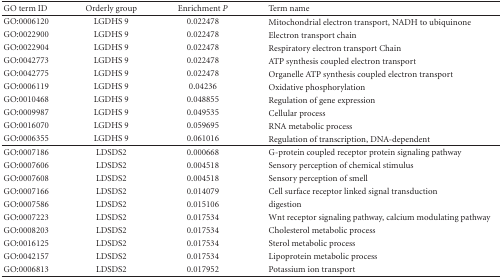
<table><thead><tr><td><b>GO term ID</b></td><td><b>Orderly group</b></td><td><b>Enrichment <i>P</i></b></td><td><b>Term name</b></td></tr></thead><tbody><tr><td>GO:0006120</td><td>LGDHS 9</td><td>0.022478</td><td>Mitochondrial electron transport, NADH to ubiquinone</td></tr><tr><td>GO:0022900</td><td>LGDHS 9</td><td>0.022478</td><td>Electron transport chain</td></tr><tr><td>GO:0022904</td><td>LGDHS 9</td><td>0.022478</td><td>Respiratory electron transport Chain</td></tr><tr><td>GO:0042773</td><td>LGDHS 9</td><td>0.022478</td><td>ATP synthesis coupled electron transport</td></tr><tr><td>GO:0042775</td><td>LGDHS 9</td><td>0.022478</td><td>Organelle ATP synthesis coupled electron transport</td></tr><tr><td>GO:0006119</td><td>LGDHS 9</td><td>0.04236</td><td>Oxidative phosphorylation</td></tr><tr><td>GO:0010468</td><td>LGDHS 9</td><td>0.048855</td><td>Regulation of gene expression</td></tr><tr><td>GO:0009987</td><td>LGDHS 9</td><td>0.049535</td><td>Cellular process</td></tr><tr><td>GO:0016070</td><td>LGDHS 9</td><td>0.059695</td><td>RNA metabolic process</td></tr><tr><td>GO:0006355</td><td>LGDHS 9</td><td>0.061016</td><td>Regulation of transcription, DNA-dependent</td></tr><tr><td>GO:0007186</td><td>LDSDS2</td><td>0.000668</td><td>G-protein coupled receptor protein signaling pathway</td></tr><tr><td>GO:0007606</td><td>LDSDS2</td><td>0.004518</td><td>Sensory perception of chemical stimulus</td></tr><tr><td>GO:0007608</td><td>LDSDS2</td><td>0.004518</td><td>Sensory perception of smell</td></tr><tr><td>GO:0007166</td><td>LDSDS2</td><td>0.014079</td><td>Cell surface receptor linked signal transduction</td></tr><tr><td>GO:0007586</td><td>LDSDS2</td><td>0.015106</td><td>digestion</td></tr><tr><td>GO:0007223</td><td>LDSDS2</td><td>0.017534</td><td>Wnt receptor signaling pathway, calcium modulating pathway</td></tr><tr><td>GO:0008203</td><td>LDSDS2</td><td>0.017534</td><td>Cholesterol metabolic process</td></tr><tr><td>GO:0016125</td><td>LDSDS2</td><td>0.017534</td><td>Sterol metabolic process</td></tr><tr><td>GO:0042157</td><td>LDSDS2</td><td>0.017534</td><td>Lipoprotein metabolic process</td></tr><tr><td>GO:0006813</td><td>LDSDS2</td><td>0.017952</td><td>Potassium ion transport</td></tr></tbody></table>